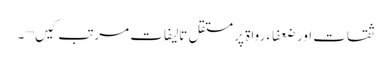
ثقات اور ضعفاء رواۃ پر مستقل تالیفات مرتب کیں¬۔